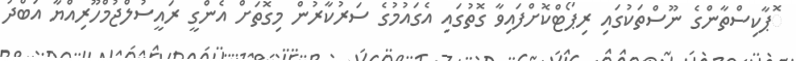
ޮޕާކިސްތާންގެ ނޫސްތަކުގައި ރިޕޯޓްކޮށްފައިވާ ގޮތުގައި އެގައުމުގެ ސަރުކާރުން މިގޮތަށް އެންގީ ރައީސުލްޖުމްހޫރިއްޔާ އަބްދު